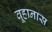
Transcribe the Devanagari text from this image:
वूहानास